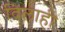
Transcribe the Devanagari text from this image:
दिलाही